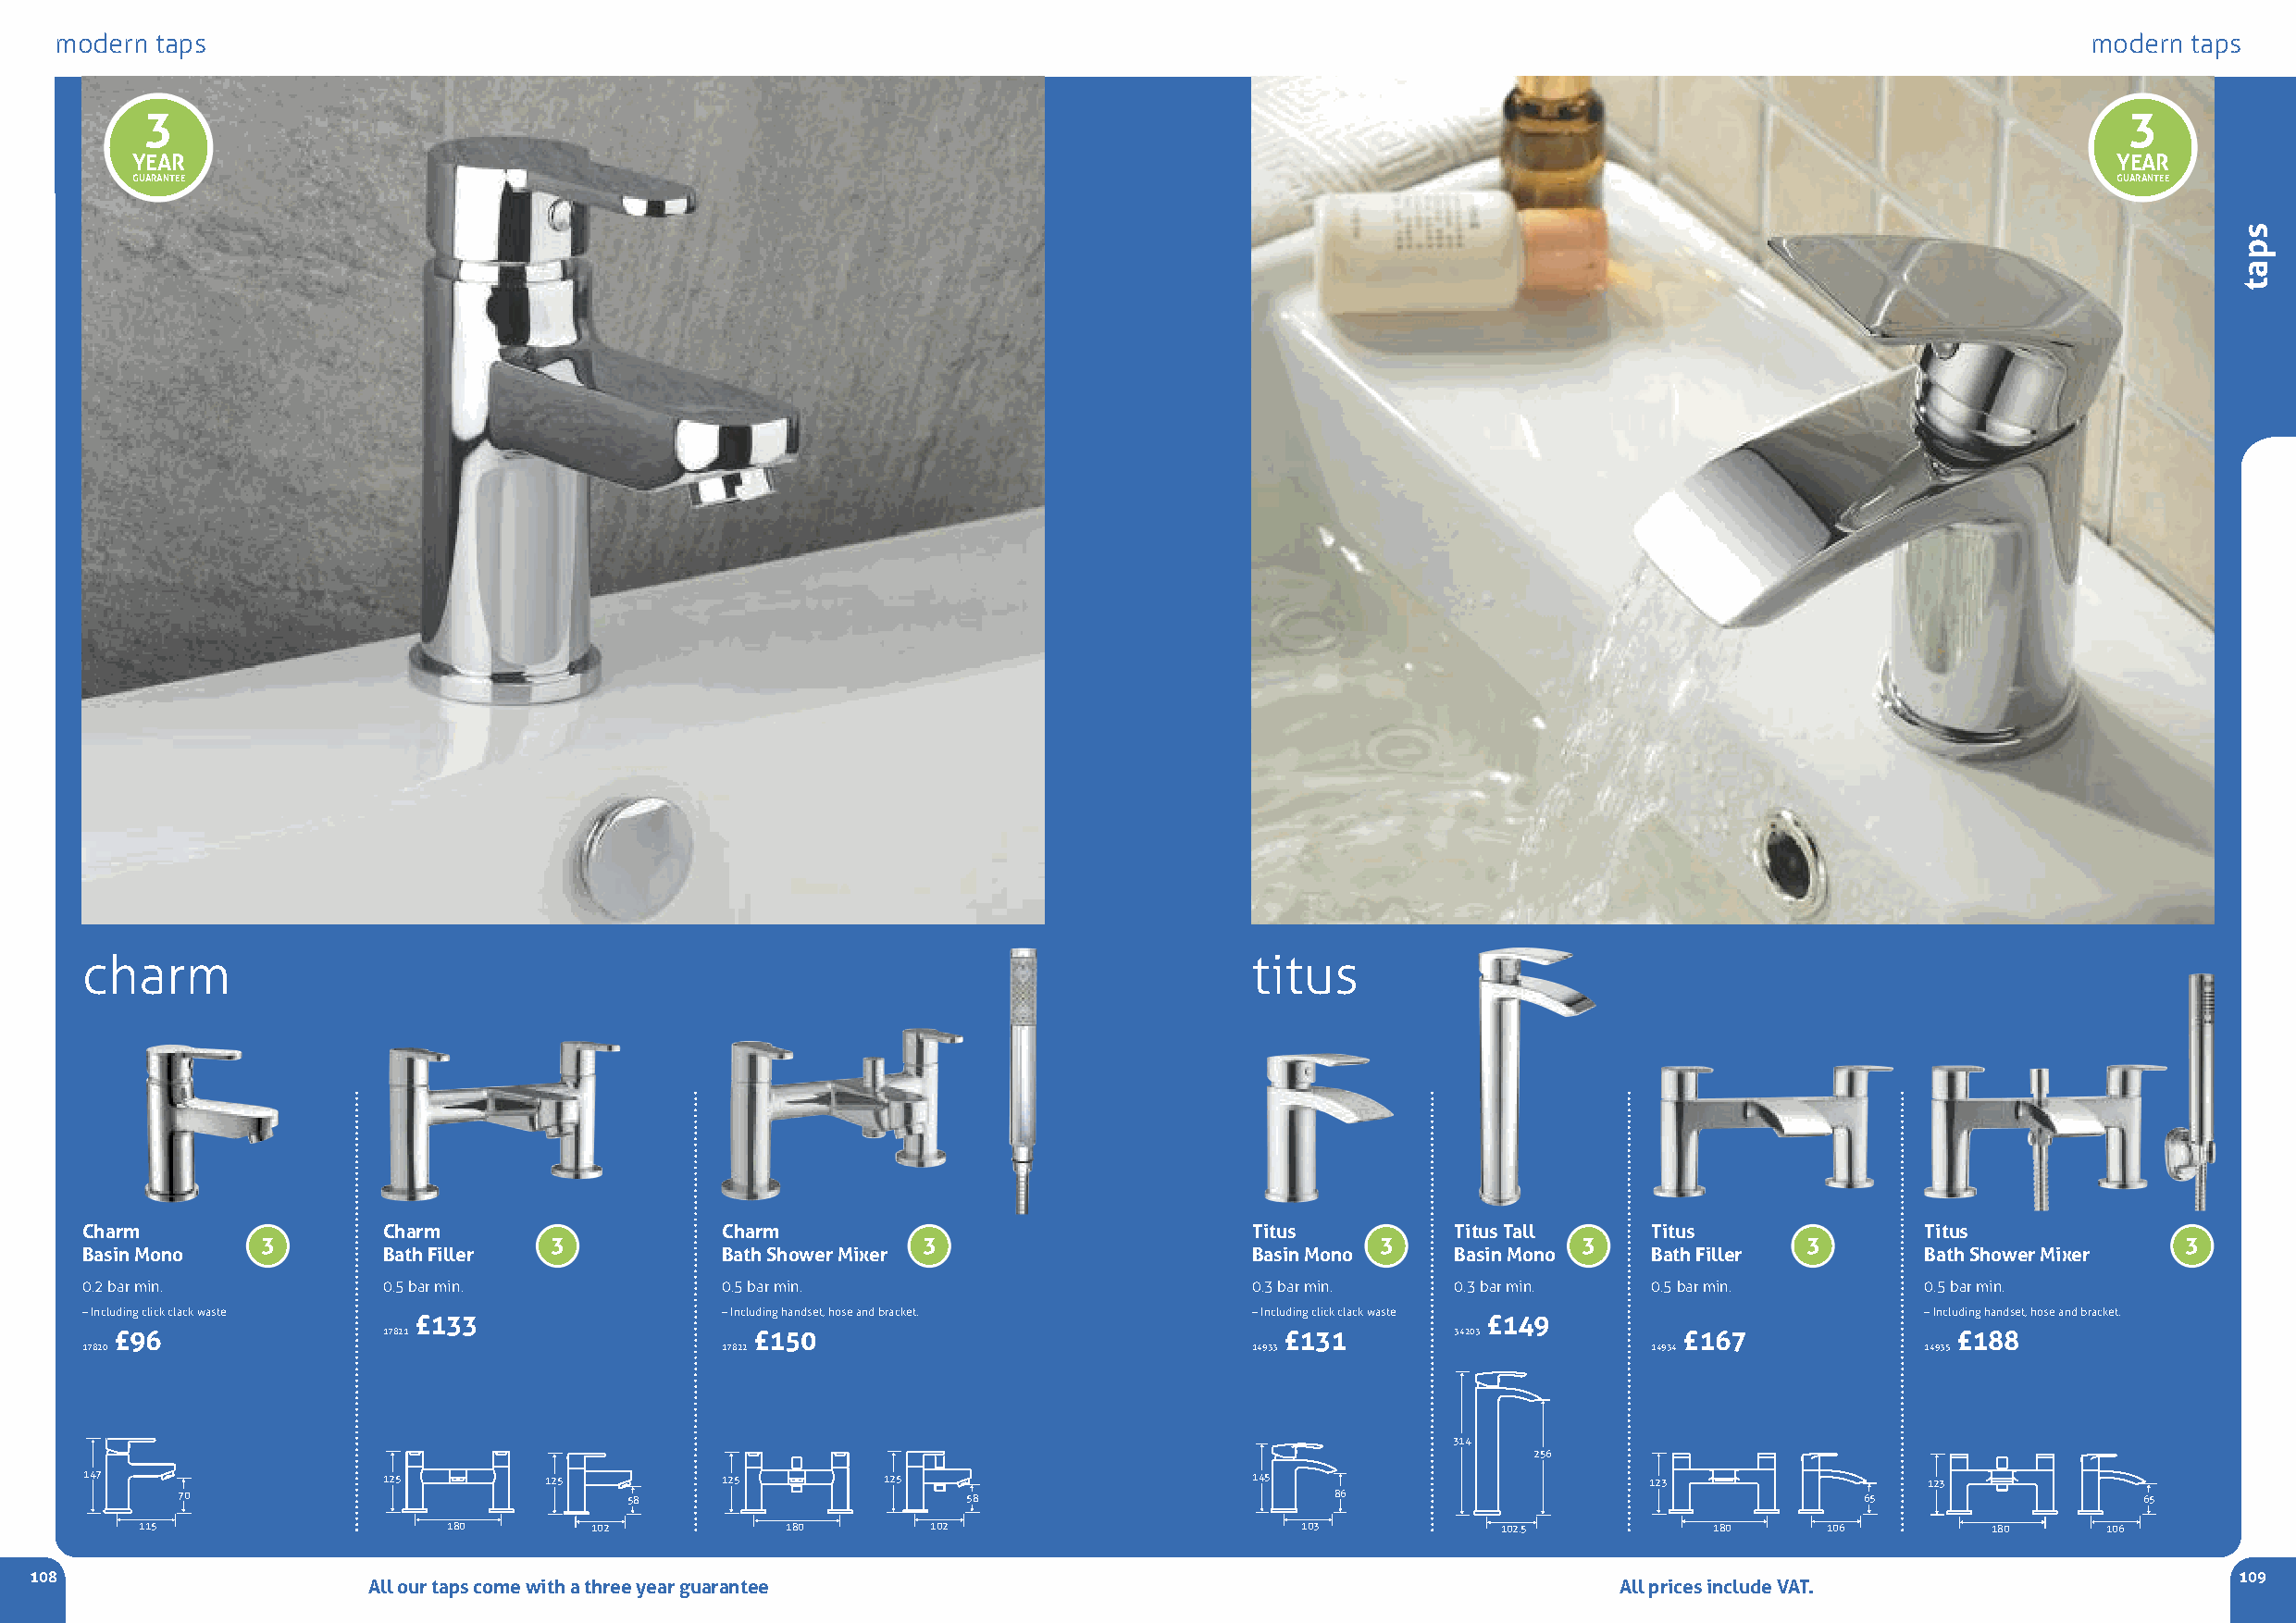
modern taps                                                                                                                                      modern  taps
 3                                                                                                                                             3
 YEAR                                                                                                                                          YEAR
 GUARANTEE                                                                                                                                     GUARANTEE
 charm                                                                               titus
 Charm                Charm                    Charm                                 Titus         Titus Tall    Titus               Titus
 3                   3                          3                                3             3               3                          3
 Basin Mono           Bath Filler              Bath Shower Mixer                     Basin Mono    Basin Mono    Bath Filler         Bath Shower Mixer
 0.2 bar min.         0.5 bar min.             0.5 bar min.                          0.3 bar min.  0.3 bar min.  0.5 bar min.        0.5 bar min.
 –Including click clack waste                  –Including handset, hose and bracket. –Including click clack waste                    –Including handset, hose and bracket.
 £133                                                                        £149
 £96                17821                      £150                                  £131        34203           £167                £188
 17820                                         17822                                 14933                       14934               14935
 314
 256
 147                  125         125          125        125                        145                         123                 123
 70                              58                      58                        86                                    65                  65
 115                   180       102           180        102                       103           102.5           180     106        180      106
 108                                                                                                                                                           109
 AAllll oouurr ttaappss ccoommee wwiitthh aa tthhrreeee yyeeaarr gguuaarraanntteeee        All prices include VAT.
 spat